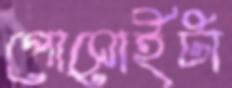
পোসোইটা